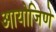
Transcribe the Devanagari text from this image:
आयोजिणे